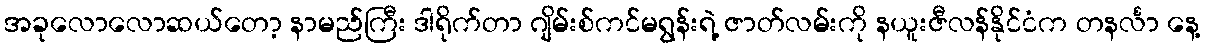
အခုလောလောဆယ်တော့ နာမည်ကြီး ဒါရိုက်တာ ဂျိမ်းစ်ကင်မရွန်းရဲ့ ဇာတ်လမ်းကို နယူးဇီလန်နိုင်ငံက တနင်္လာ နေ့